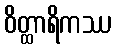
ဝိတ္ထာရိကဿ